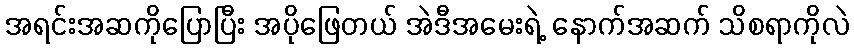
အရင်းအဆကိုပြောပြီး အပိုဖြေတယ် အဲဒီအမေးရဲ့ နောက်အဆက် သိစရာကိုလဲ